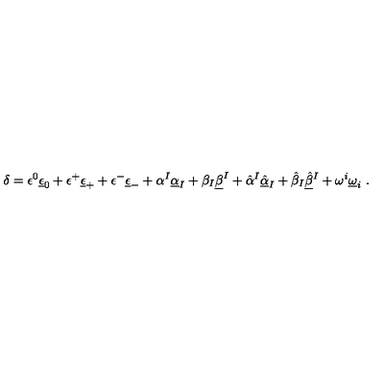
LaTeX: \delta = \epsilon ^ { 0 } \underline { \epsilon } _ { 0 } + \epsilon ^ { + } \underline { \epsilon } _ { + } + \epsilon ^ { - } \underline { \epsilon } _ { - } + \alpha ^ { I } \underline { \alpha } _ { I } + \beta _ { I } \underline { \beta } ^ { I } + \hat { \alpha } { } ^ { I } \underline { { \hat { \alpha } } } _ { I } + \hat { \beta } _ { I } \underline { { \hat { \beta } } } { } ^ { I } + \omega ^ { i } \underline { \omega } _ { i } \ .